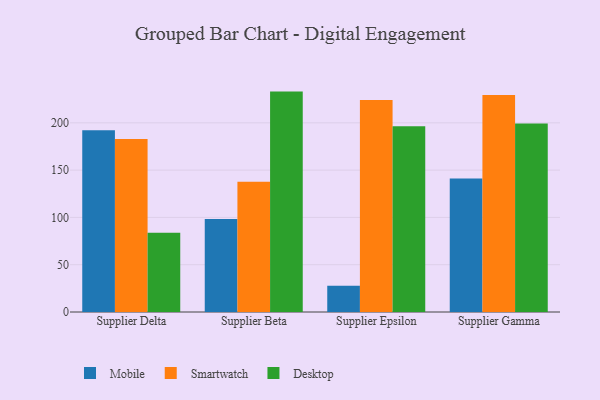
{"axis": {"x": "Supplier", "y": "LTV (USD)"}, "legend": ["Desktop", "Mobile", "Smartwatch"], "data": [{"x": "Supplier Delta", "y": 192.2, "type": "Mobile"}, {"x": "Supplier Delta", "y": 182.9, "type": "Smartwatch"}, {"x": "Supplier Delta", "y": 83.7, "type": "Desktop"}, {"x": "Supplier Beta", "y": 98.3, "type": "Mobile"}, {"x": "Supplier Beta", "y": 137.8, "type": "Smartwatch"}, {"x": "Supplier Beta", "y": 233.0, "type": "Desktop"}, {"x": "Supplier Epsilon", "y": 27.8, "type": "Mobile"}, {"x": "Supplier Epsilon", "y": 224.0, "type": "Smartwatch"}, {"x": "Supplier Epsilon", "y": 196.4, "type": "Desktop"}, {"x": "Supplier Gamma", "y": 141.0, "type": "Mobile"}, {"x": "Supplier Gamma", "y": 229.5, "type": "Smartwatch"}, {"x": "Supplier Gamma", "y": 199.2, "type": "Desktop"}]}